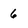
Character: 6